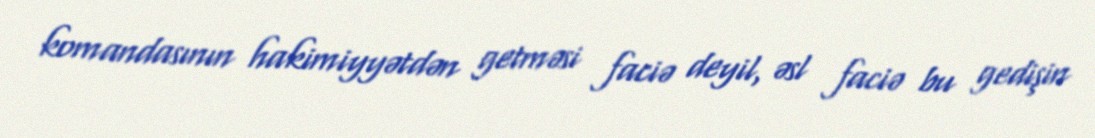
komandasının hakimiyyətdən getməsi faciə deyil, əsl faciə bu gedişin